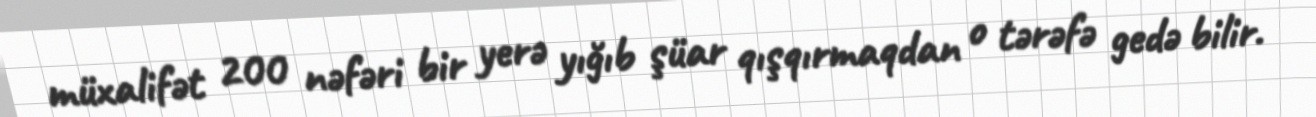
müxalifət 200 nəfəri bir yerə yığıb şüar qışqırmaqdan o tərəfə gedə bilir.